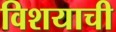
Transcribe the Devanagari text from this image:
विशयाची